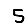
Digit: 5